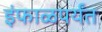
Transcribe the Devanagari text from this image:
इंफाळपर्यंत